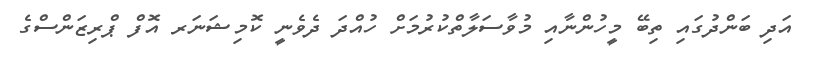
އަދި ބަންދުގައި ތިބޭ މީހުންނާއި މުވާސަލާތްކުރުމަށް ހުއްދަ ދެވެނީ ކޮމިޝަނަރ އޮފް ޕްރިޒަންސްގެ